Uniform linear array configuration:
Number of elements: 24
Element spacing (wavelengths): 1
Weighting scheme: cosine
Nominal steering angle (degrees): -30
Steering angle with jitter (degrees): -31.008
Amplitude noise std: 0.05
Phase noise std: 0.05

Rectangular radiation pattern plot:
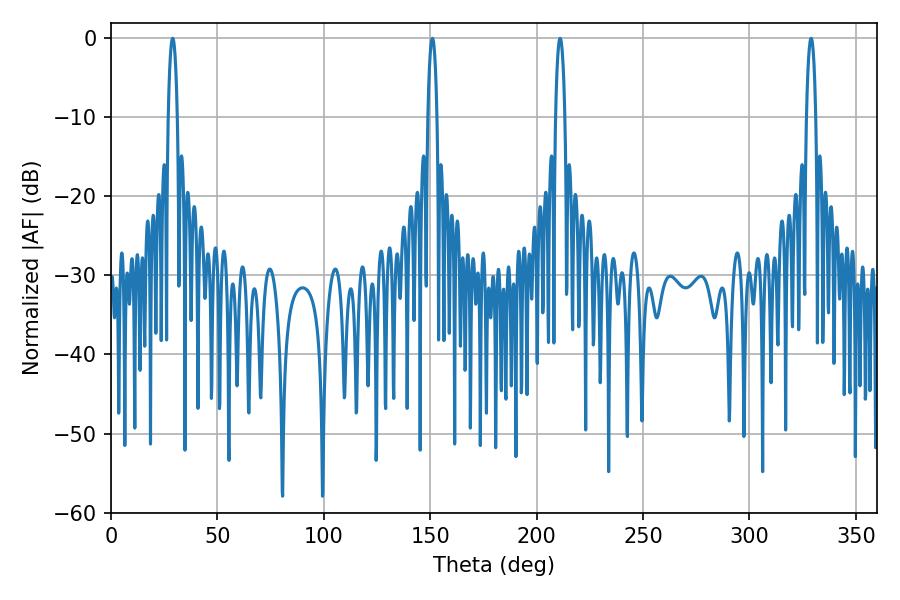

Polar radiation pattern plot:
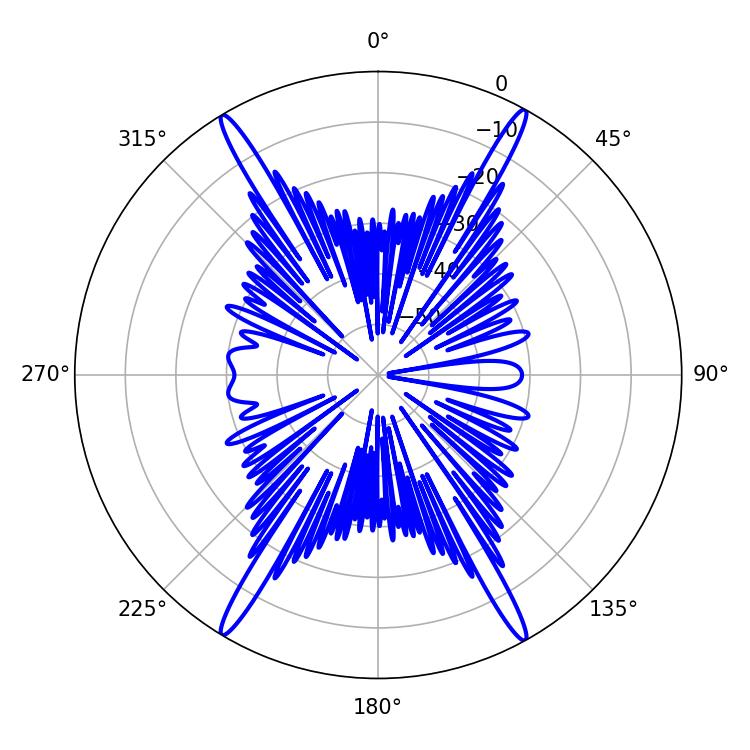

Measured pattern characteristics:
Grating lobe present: TRUE
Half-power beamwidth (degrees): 2.52
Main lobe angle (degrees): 28.98